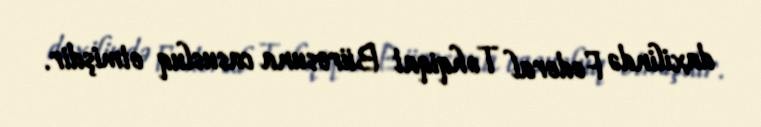
daxilində Federal Təhqiqat Bürosuna casusluq etmişdir.